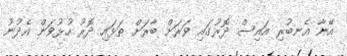
އޭނާ އެނބުރި އައިސް ދޮރުގައި ވަރަށް ބާރަށް ތަޅައި ދޮރު ހުޅުވަން އެދުނު